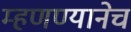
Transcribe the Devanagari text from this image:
म्हणण्यानेच